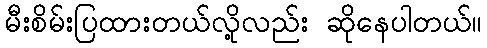
မီးစိမ်းပြထားတယ်လို့လည်း ဆိုနေပါတယ်။